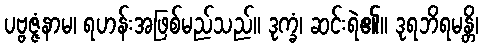
ပဗ္ဗဇ္ဇံနာမ၊ ရဟန်းအဖြစ်မည်သည်။ ဒုက္ခံ၊ ဆင်းရဲ၏။ ဒုရဘိရမန္တိ၊